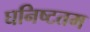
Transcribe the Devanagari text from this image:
घनिष्टतम